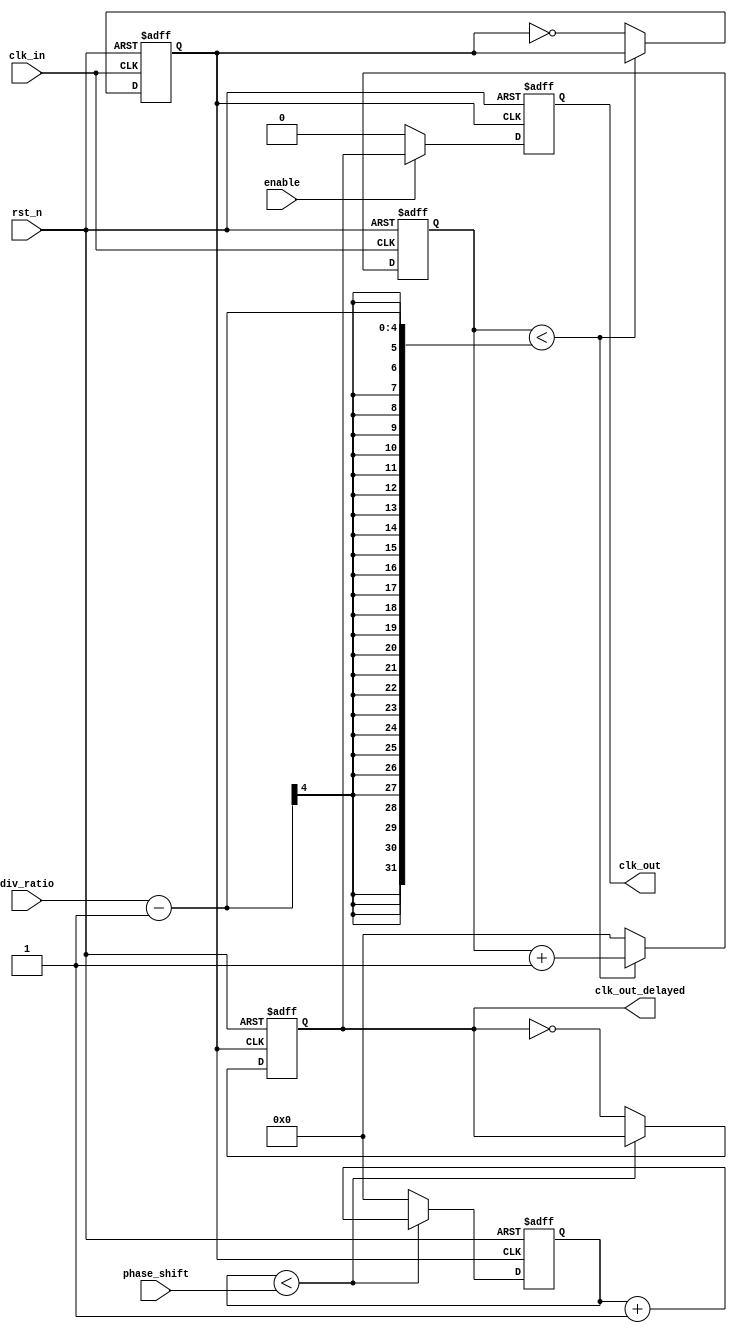
module ProgrammableClockBuffer (
    input wire clk_in,               // Primary clock input
    input wire rst_n,                // Active low reset
    input wire [3:0] div_ratio,      // Programmable division ratio (1 to 16)
    input wire [3:0] phase_shift,    // Programmable phase shift (in clock cycles)
    input wire enable,                // Enable output clock
    output reg clk_out,              // Output clock signal
    output reg clk_out_delayed        // Delayed output clock for phase adjustment
);

    // Internal signals
    reg [3:0] counter;               // Counter for division
    reg [3:0] phase_counter;         // Counter for phase adjustment
    reg clk_div;                     // Divided clock signal

    // Clock divider logic
    always @(posedge clk_in or negedge rst_n) begin
        if (!rst_n) begin
            counter <= 0;
            clk_div <= 0;
        end else begin
            if (counter < (div_ratio - 1)) begin
                counter <= counter + 1;
            end else begin
                counter <= 0;
                clk_div <= ~clk_div; // Toggle divided clock
            end
        end
    end

    // Phase adjustment logic
    always @(posedge clk_div or negedge rst_n) begin
        if (!rst_n) begin
            phase_counter <= 0;
            clk_out_delayed <= 0;
        end else begin
            if (phase_counter < phase_shift) begin
                phase_counter <= phase_counter + 1;
            end else begin
                phase_counter <= 0;
                clk_out_delayed <= ~clk_out_delayed; // Toggle delayed clock
            end
        end
    end

    // Output clock enable/disable
    always @(posedge clk_div or negedge rst_n) begin
        if (!rst_n) begin
            clk_out <= 0;
        end else begin
            if (enable) begin
                clk_out <= clk_out_delayed;
            end else begin
                clk_out <= 0; // Disable output clock
            end
        end
    end

endmodule